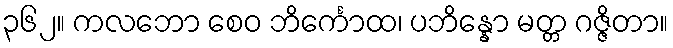
၃၆၂။ ကလဘော စေဝ ဘိင်္ကောထ၊ ပဘိန္နော မတ္တ ဂဇ္ဇိတာ။